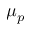
\mu _ { p }